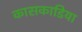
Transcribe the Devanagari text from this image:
कासकाडिया